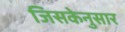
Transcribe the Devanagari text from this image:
जिसकेनुसार